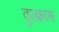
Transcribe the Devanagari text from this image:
वुल्फ्राम